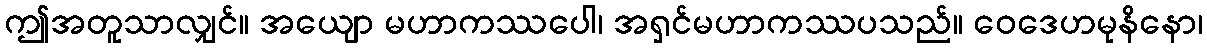
ဤအတူသာလျှင်။ အယျော မဟာကဿပေါ၊ အရှင်မဟာကဿပသည်။ ဝေဒေဟမုနိနော၊